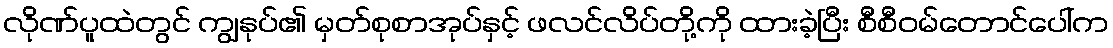
လိုဏ်ပူထဲတွင် ကျွနုပ်၏ မှတ်စုစာအုပ်နှင့် ဖလင်လိပ်တို့ကို ထားခဲ့ပြီး စီစီဝမ်တောင်ပေါ်က